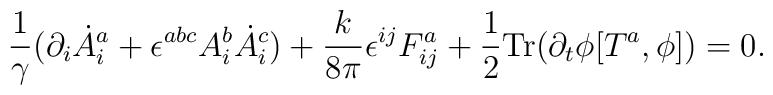
\frac{1}{\gamma}(\partial_i\dot A^a_i +\epsilon^{abc}A^b_i\dot A^c_i) +\frac{k}{8\pi}\epsilon^{ij}F^a_{ij}+\frac{1}{2}{\rm Tr}(\partial_t\phi [T^a,\phi])=0.